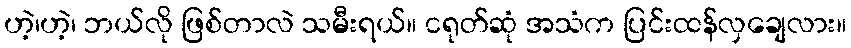
ဟဲ့၊ဟဲ့၊ ဘယ်လို ဖြစ်တာလဲ သမီးရယ်။ ငရုတ်ဆုံ အသံက ပြင်းထန်လှချေလား။